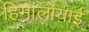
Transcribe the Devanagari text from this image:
हिमालायाई